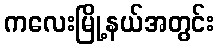
ကလေးမြို့နယ်အတွင်း